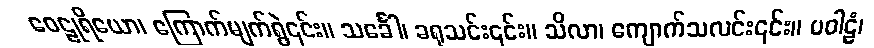
ဝေဠုရိယော၊ ကြောက်မျက်ရွဲ၎င်း။ သင်္ခေါ၊ ခရုသင်း၎င်း။ သိလာ၊ ကျောက်သလင်း၎င်း။ ပဝါဠံ၊